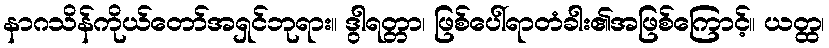
နာဂသိန်ကိုယ်တော်အရှင်ဘုရား။ ဒွါရတ္တာ၊ ဖြစ်ပေါ်ရာတံခါး၏အဖြစ်ကြောင့်။ ယတ္ထ၊